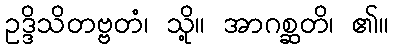
ဥဒ္ဒိသိတဗ္ဗတံ၊ သို့။ အာဂစ္ဆတိ၊ ၏။